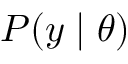
P ( y \mid \theta )